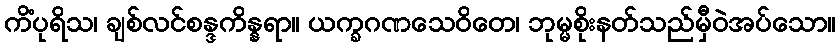
ကိံပုရိသ၊ ချစ်လင်စန္ဒကိန္နရာ။ ယက္ခဂဏသေဝိတေ၊ ဘုမ္မစိုးနတ်သည်မှီဝဲအပ်သော။